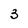
Character: 3